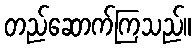
တည်ဆောက်ကြသည်။